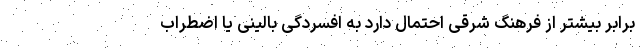
برابر بیشتر از فرهنگ شرقی احتمال دارد به افسردگی بالینی یا اضطراب